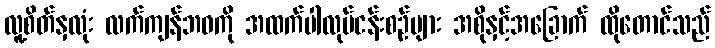
လူ့စိတ်နှလုံး လက်ကျန်ဘဝကို အထက်ပါလုပ်ငန်းစဉ်များ အစိုနှင့်အခြောက် ထိုတောင်သည်